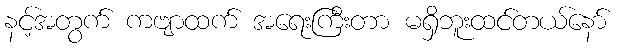
နင့်အတွက် ကဗျာထက် အရေးကြီးတာ မရှိဘူးထင်တယ်နော်